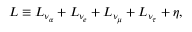
L \equiv L _ { \nu _ { \alpha } } + L _ { \nu _ { e } } + L _ { \nu _ { \mu } } + L _ { \nu _ { \tau } } + \eta ,